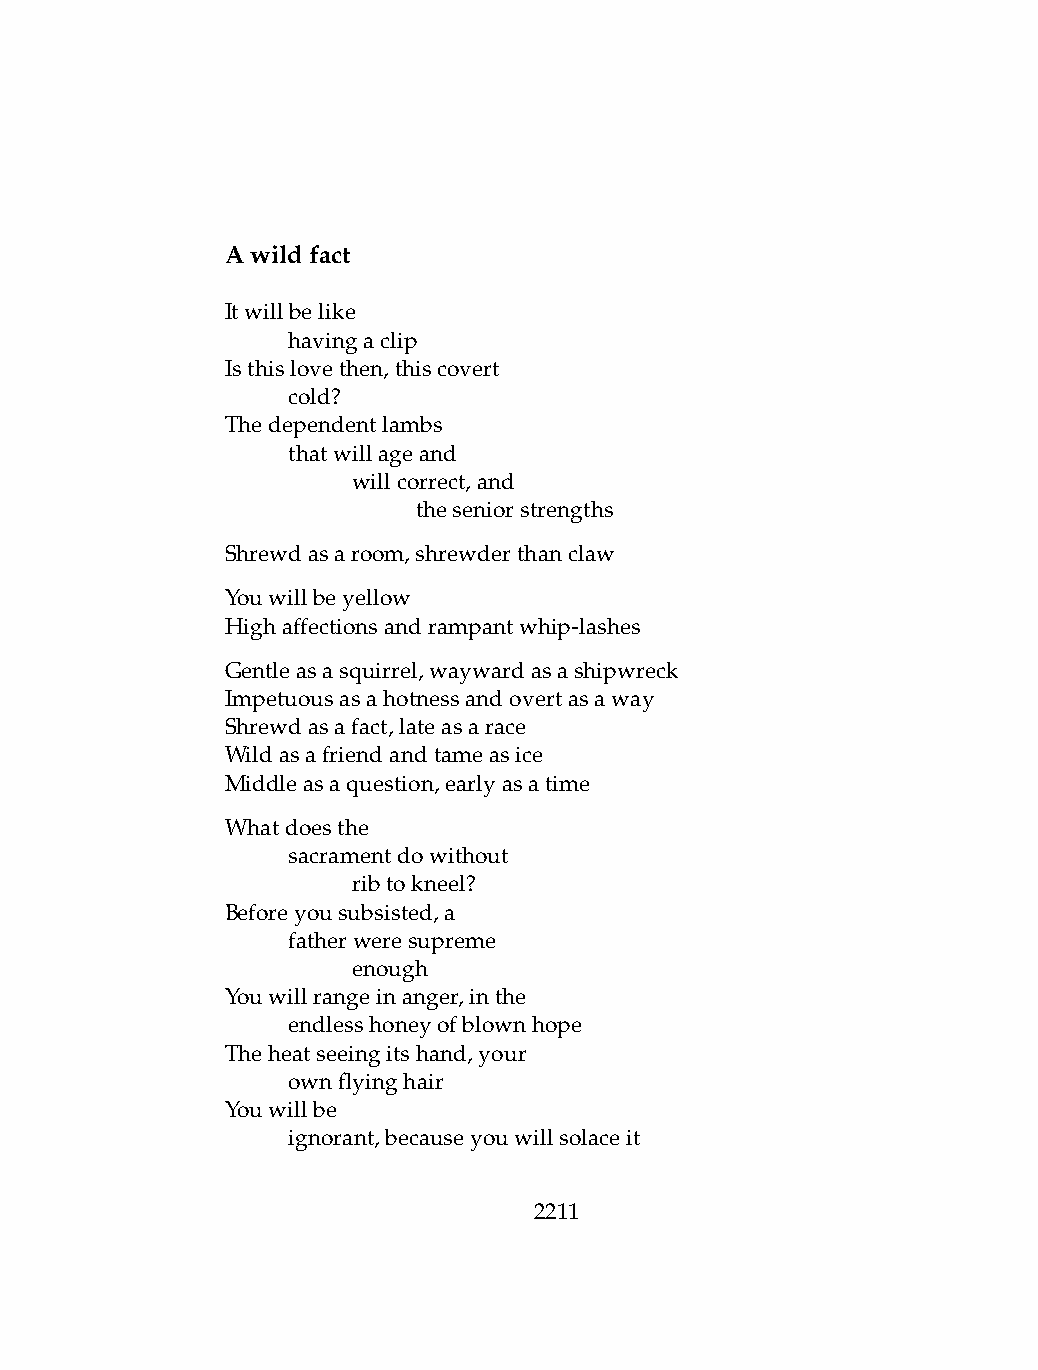
Awildfact
 Itwillbelike
 .   havingaclip
 Isthislovethen,thiscovert
 .   cold?
 Thedependentlambs
 .   thatwillageand
 .   .   willcorrect,and
 .   .   .    theseniorstrengths
 Shrewdasaroom,shrewderthanclaw
 Youwillbeyellow
 Highaffectionsandrampantwhip-lashes
 Gentleasasquirrel,waywardasashipwreck
 Impetuousasahotnessandovertasaway
 Shrewdasafact,lateasarace
 Wildasafriendandtameasice
 Middleasaquestion,earlyasatime
 Whatdoesthe
 .   sacramentdowithout
 .   .   ribtokneel?
 Beforeyousubsisted,a
 .   fatherweresupreme
 .   .   enough
 Youwillrangeinanger,inthe
 .   endlesshoneyofblownhope
 Theheatseeingitshand,your
 .   ownflyinghair
 Youwillbe
 .   ignorant,becauseyouwillsolaceit
 2211